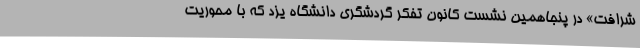
شرافت» در پنجاهمین نشست کانون تفکر گردشگری دانشگاه یزد که با محوریت